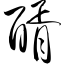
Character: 醑